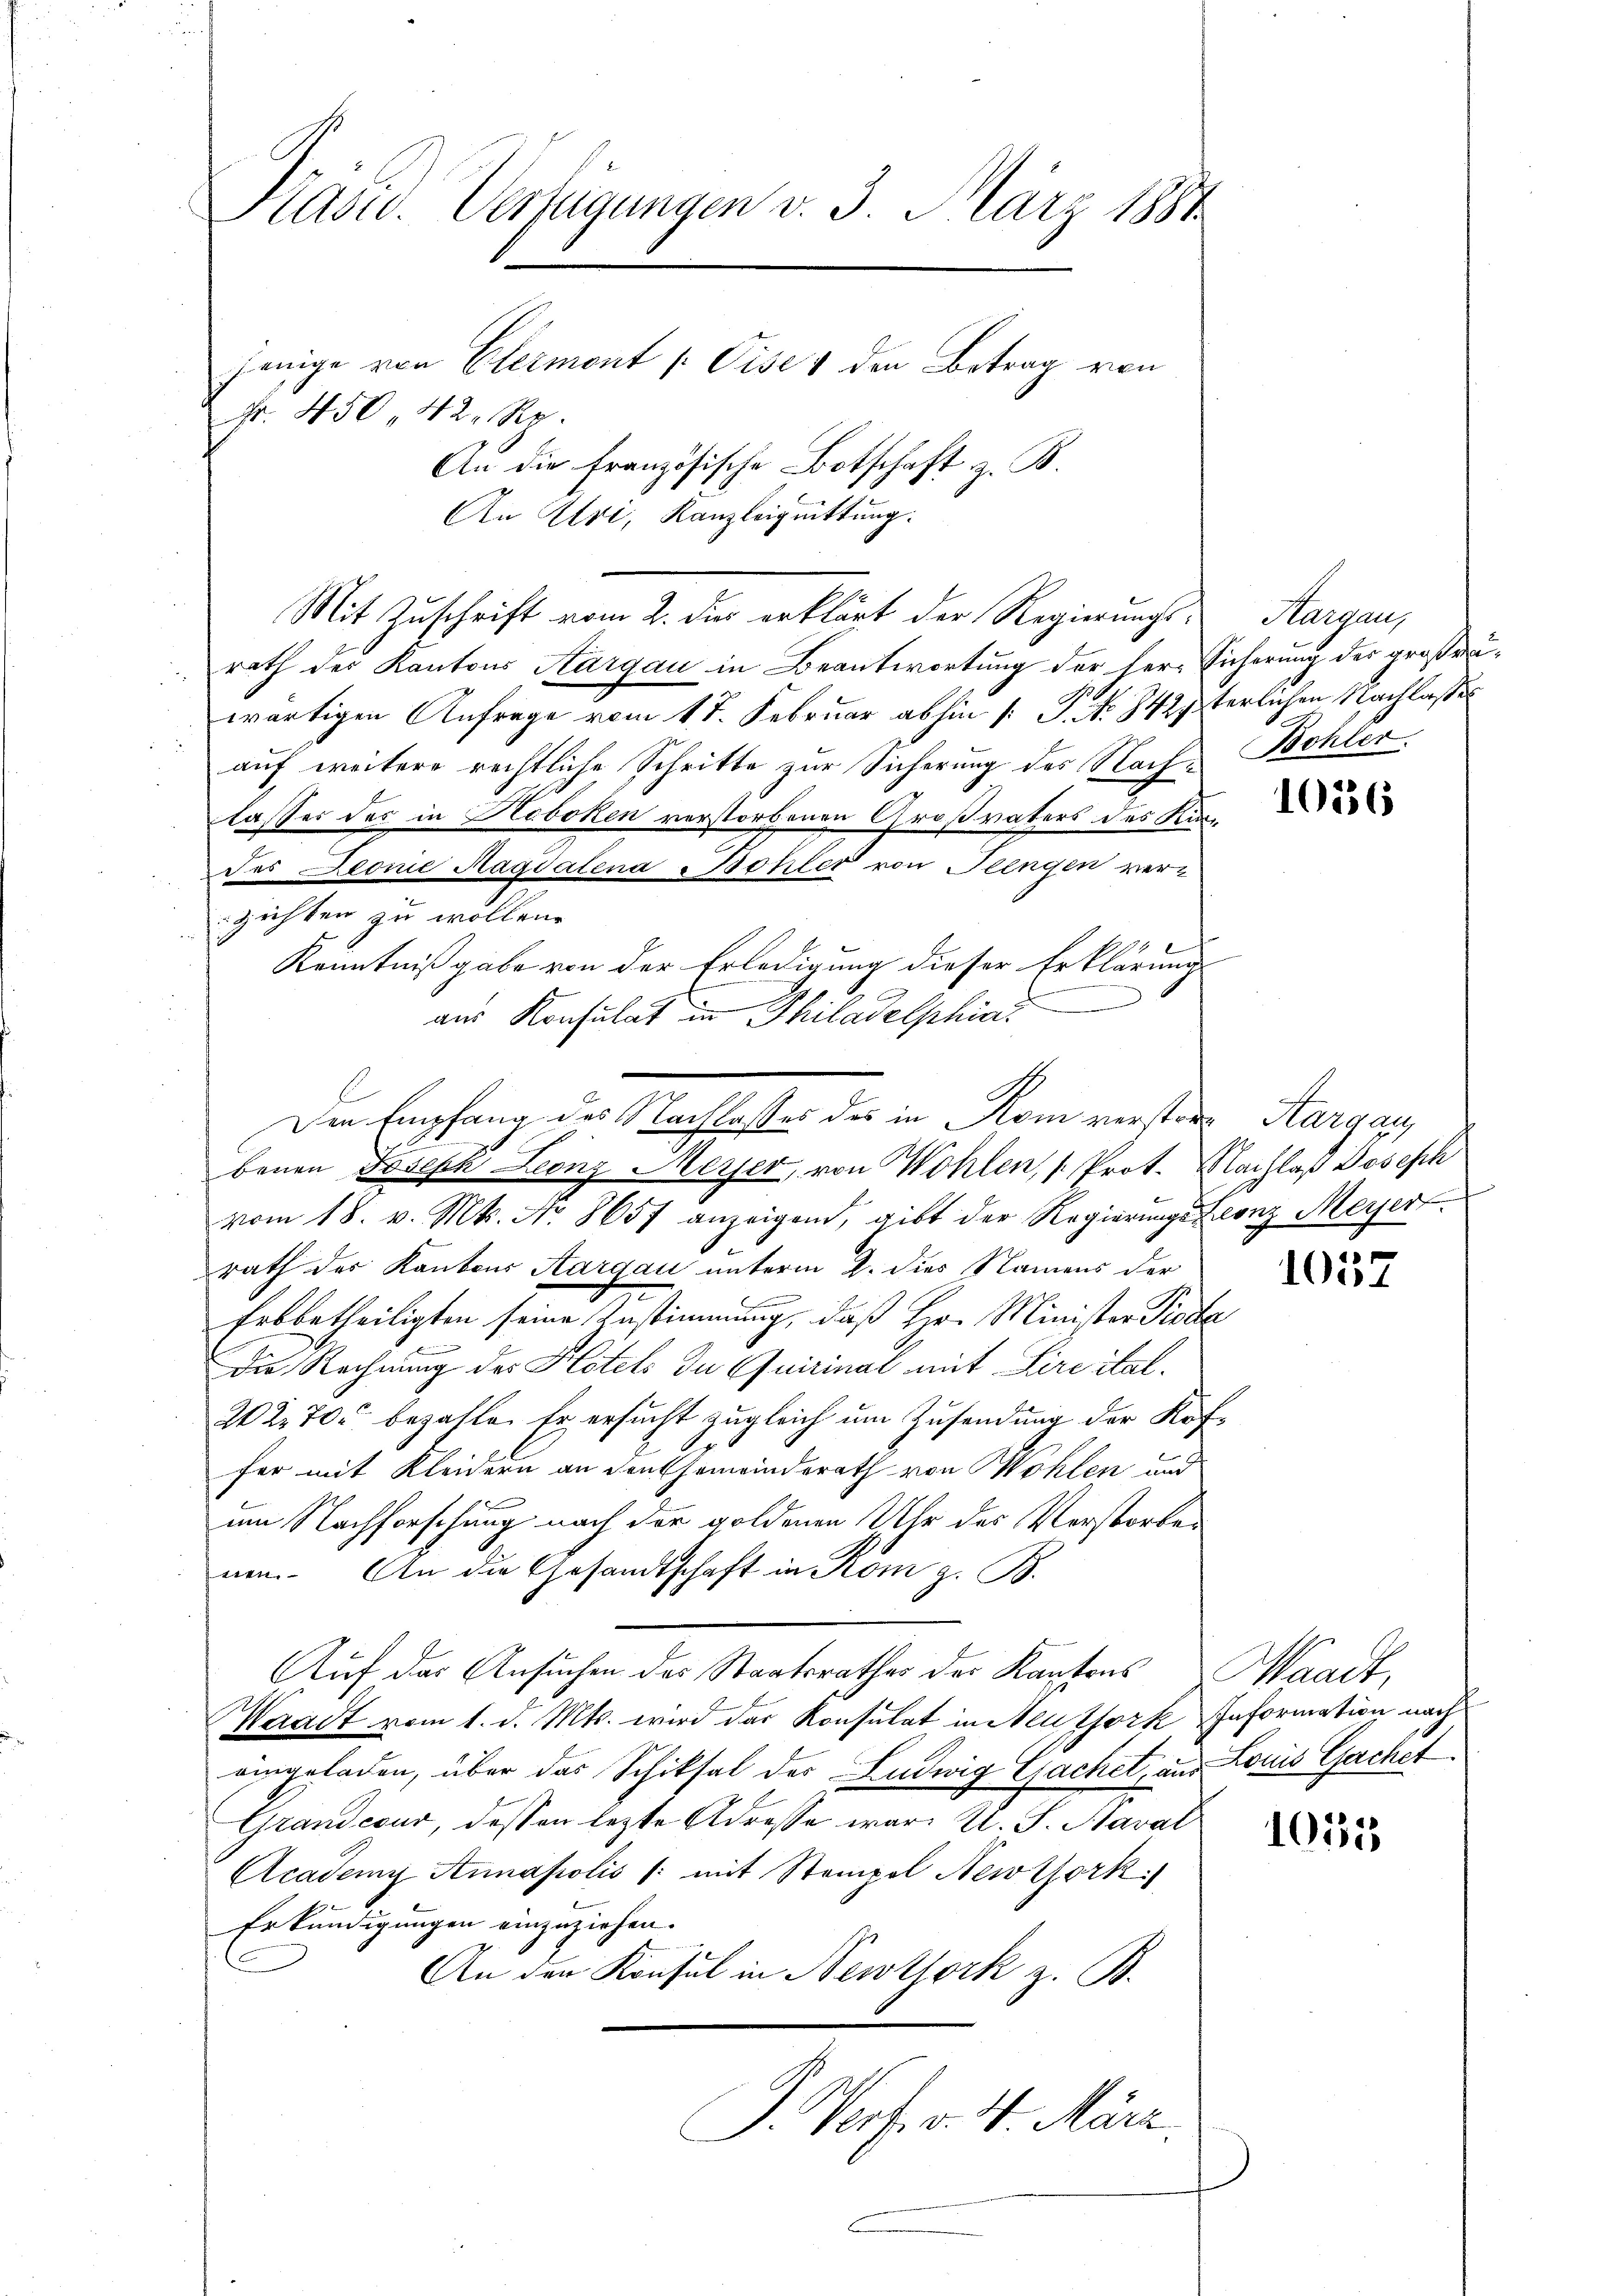
Kasu. Verfügungen v. 3. März 1881
jenige von Elermont /: Cises den Betrag von
Fr. 450, 42 Rp.
An die französische Botschaft z. B.
An Uri, Kanzleiguittung.

rath der Kantons Aargau in Beantwortung der her-Sicherung der großräwärtigen Anfrage vom 17. Februar abhin [: P. Nr. 842terlichen Nachlasse
u
auf weitere rechtliche Schritte zur Sicherung des Nachlasser der in Hoboken verstorbenen Großvaters des Kirdes Leonie Magdalena Bohler von Feingen ver-
zichten zu wollen.
Kenntnißgabe von der Erledigung dieser Erklärung
n
E
benen Joseph Leonz Meyer, von Wohlen, Prot. Nachlaß Joseph
vom 18. v. Mts. No. 8657 anzeigend, gibt der Regierungs Leonz Meyer
rath des Kantons Aargau unterm 2. dies Namens der
Erbbetheiligten seine Zustimmung, daß Hr. Minister Pioda
Die Rechnung des Klotels du Quirinal mit Kireital.
202. 70 bezahle. Er ersucht zugleich um Zusendung der Koffer mit Kleidern an den Gemeinderath von Wohlen und
um Nachforschung nach der goldenen Uhr des Verstorben
nen. An die Gesandtschaft in Kom z. B.
Auf das Ansuchen des Staatsrathes der Kantons Waadt,
Waadt vom 1. d. Mts. wird das Konsulat in Neuzfork Information nach
eingeladen, über das Schiksal des Ludwig Gachet, aus Louis Gachet.
Grandcour, dessen letzte Adresse war. A. S. Saval
Academi Annapolis /: mit Stempel Newtork.)
Erkundigungen einzuziehen.
An den Konsul in Newtork z. B.
P. Verf. v. 4. März.

Mit Zuschrift vom 2. dir erklärt der Regierungs¬

.
aus Konsulat in Philadelphia
Den Empfang des Nachlasses des in Rom verstor Aargau,

Hargau,
Behler.

1056

u.
1057

1055